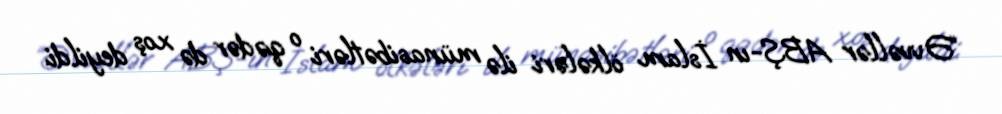
“Əvvəllər ABŞ-ın İslam ölkələri ilə münasibətləri o qədər də xoş deyildi.